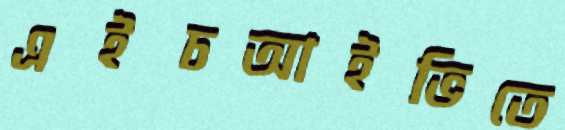
এইচআইভিতে